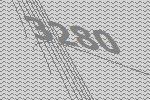
3280